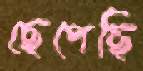
ছেপেছি